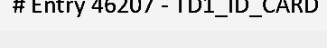
# Entry 46207 - TD1_ID_CARD